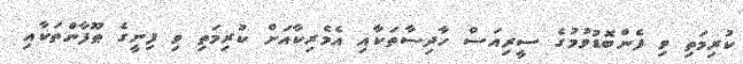
ކުރިމަތި ވި ފެންބޮޑުވުމުގެ ސީރިއަސް ހާދިސާތަކާއި އެމެރިކާއަށް ކުރިމަތި ވި ފިނީގެ ޠޫފާންތަކާއި